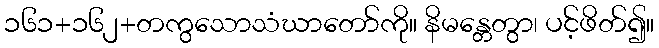
၁၆၁+၁၆၂+တကွသောသံဃာတော်ကို။ နိမန္တေတွာ၊ ပင့်ဖိတ်၍။